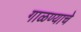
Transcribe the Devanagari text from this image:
गाळण्याचे